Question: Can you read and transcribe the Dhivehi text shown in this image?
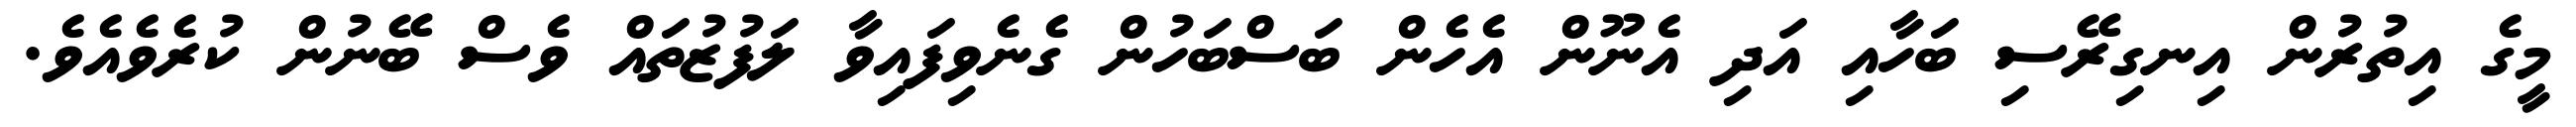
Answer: މީގެ އިތުރުން އިނގިރޭސި ބަހާއި އަދި އެނޫން އެހެން ބަސްބަހުން ގެނެވިފައިވާ ލަފުޒުތައް ވެސް ބޭނުން ކުރެވެއެވެ.